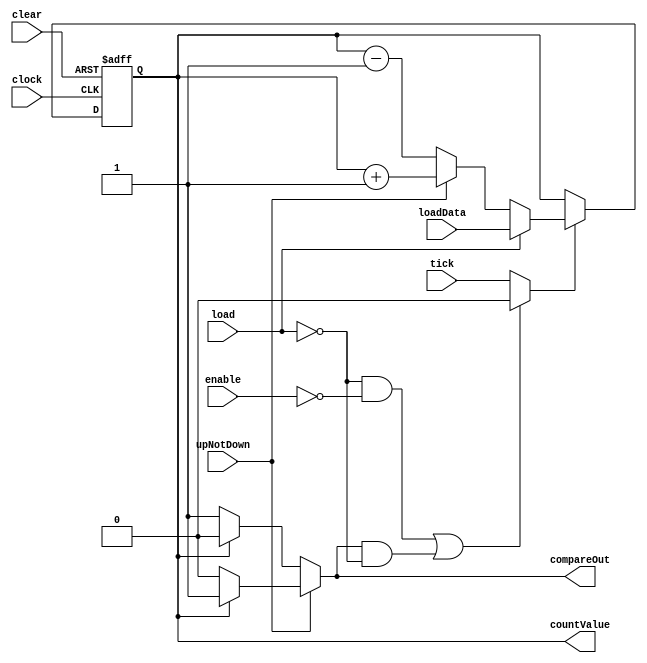
/******************************************************************************
 ** Logisim-evolution goes FPGA automatic generated Verilog code             **
 ** https://github.com/logisim-evolution/                                    **
 **                                                                          **
 ** Component : LogisimCounter                                               **
 **                                                                          **
 *****************************************************************************/

module LogisimCounter( clear,
                       clock,
                       compareOut,
                       countValue,
                       enable,
                       load,
                       loadData,
                       tick,
                       upNotDown );

   /*******************************************************************************
   ** Here all module parameters are defined with a dummy value                  **
   *******************************************************************************/
   parameter [64:0] maxVal = 1;
   parameter invertClock = 1;
   parameter mode = 1;
   parameter width = 1;

   /*******************************************************************************
   ** The inputs are defined here                                                **
   *******************************************************************************/
   input             clear;
   input             clock;
   input             enable;
   input             load;
   input [width-1:0] loadData;
   input             tick;
   input             upNotDown;

   /*******************************************************************************
   ** The outputs are defined here                                               **
   *******************************************************************************/
   output             compareOut;
   output [width-1:0] countValue;

   /*******************************************************************************
   ** The wires are defined here                                                 **
   *******************************************************************************/
   wire s_clock;
   wire s_realEnable;

   /*******************************************************************************
   ** The registers are defined here                                             **
   *******************************************************************************/
   reg             s_carry;
   reg [width-1:0] s_counterValue;
   reg [width-1:0] s_nextCounterValue;

   /*******************************************************************************
   ** The module functionality is described here                                 **
   *******************************************************************************/

   /*******************************************************************************
   ** Functionality of the counter:                                              **
   **   Load Count | mode                                                        **
   **                                                                            **
   ** -----------+-------------------                                            **
   **     0    0   | halt                                                        **
   **     0    1   | count                                                       **
   ** up (default)                                                               **
   **     1    0   | load                                                        **
   **     1    1   | count down                                                  **
   *******************************************************************************/

   assign compareOut = s_carry;
   assign countValue = s_counterValue;
   assign s_clock = (invertClock == 0) ? clock : ~clock;

   always@(*)
   begin
   if (upNotDown)
      s_carry = (s_counterValue == maxVal) ? 1'b1 : 1'b0;
   else
      s_carry = (s_counterValue == 0) ? 1'b1 : 1'b0;
   end

   assign s_realEnable = ((~(load)&~(enable))|
                           ((mode==1)&s_carry&~(load))) ? 1'b0 : tick;

   always @(*)
   begin
      if ((load)|((mode==3)&s_carry))
         s_nextCounterValue = loadData;
      else if ((mode==0)&s_carry&upNotDown)
         s_nextCounterValue = 0;
      else if ((mode==0)&s_carry)
         s_nextCounterValue = maxVal;
      else if (upNotDown)
         s_nextCounterValue = s_counterValue + 1;
      else
         s_nextCounterValue = s_counterValue - 1;
   end

   always @(posedge s_clock or posedge clear)
   begin
      if (clear) s_counterValue <= 0;
      else if (s_realEnable) s_counterValue <= s_nextCounterValue;
   end

endmodule